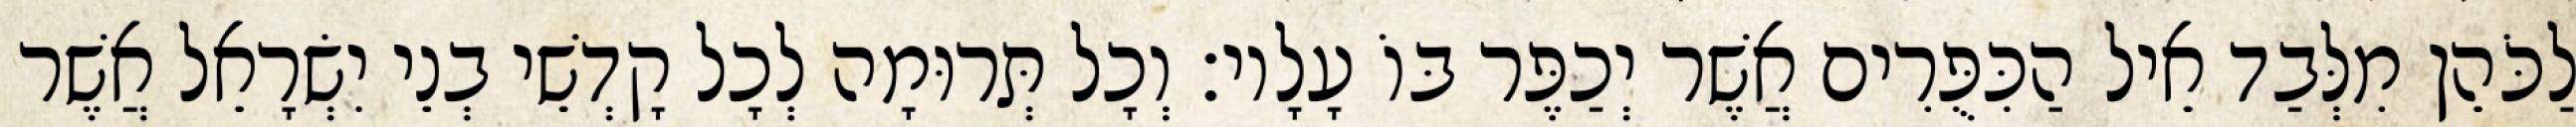
לַכֹּהֵן מִלְּבַד אֵיל הַכִּפֻּרִים אֲשֶׁר יְכַפֶּר בּוֹ עָלָיו׃ וְכָל תְּרוּמָה לְכָל קָדְשֵׁי בְנֵי יִשְׂרָאֵל אֲשֶׁר